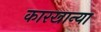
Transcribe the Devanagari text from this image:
कारखान्या